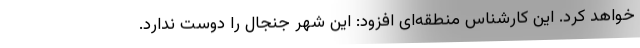
خواهد کرد. این کارشناس منطقه‌ای افزود: این شهر جنجال را دوست ندارد.